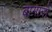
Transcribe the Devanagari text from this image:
बागानो